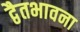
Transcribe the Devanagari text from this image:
द्वैतभावना